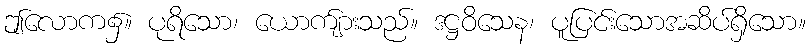
ဤလောက၌။ ပုရိသော၊ ယောက်ျားသည်။ ဒဋ္ဌဝိသေန၊ ပူပြင်းသောအဆိပ်ရှိသော။